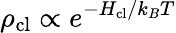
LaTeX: \rho_{\mathrm{cl}}\propto e^{-H_{\mathrm{cl}}/k_{B}T}